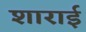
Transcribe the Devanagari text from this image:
शाराई